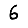
Digit: 6